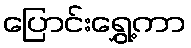
ပြောင်းရွှေ့ကာ